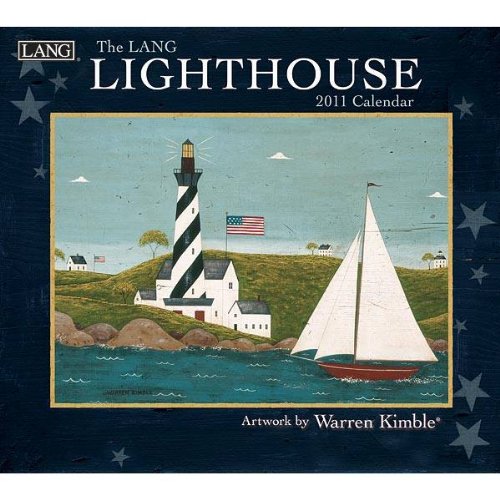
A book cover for The LANG Lighthouse 2011 Wall Calendar; Perfect Timing - Lang; Calendars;